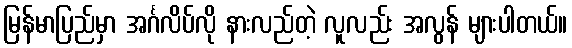
မြန်မာပြည်မှာ အင်္ဂလိပ်လို နားလည်တဲ့ လူလည်း အလွန် များပါတယ်။